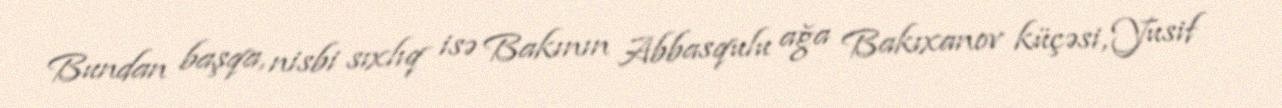
Bundan başqa, nisbi sıxlıq isə Bakının Abbasqulu ağa Bakıxanov küçəsi, Yusif